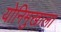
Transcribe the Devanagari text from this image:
योनिमुखाला